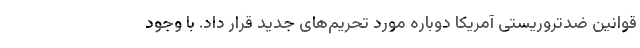
قوانین ضدتروریستی آمریکا دوباره مورد تحریم‌های جدید قرار داد. با وجود